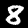
Digit: 8